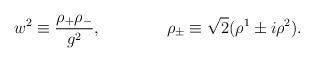
LaTeX: \begin{align*}w^2 \equiv \frac{\rho_+\rho_-}{g^2},\qquad \qquad \rho_{\pm} \equiv \sqrt{2}(\rho^1 \pm i\rho^2).\end{align*}